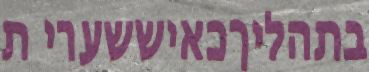
בתהליךכאיששערי ת